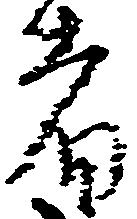
者